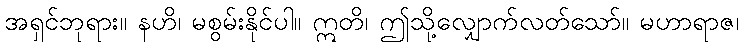
အရှင်ဘုရား။ နဟိ၊ မစွမ်းနိုင်ပါ။ ဣတိ၊ ဤသို့လျှောက်လတ်သော်။ မဟာရာဇ၊